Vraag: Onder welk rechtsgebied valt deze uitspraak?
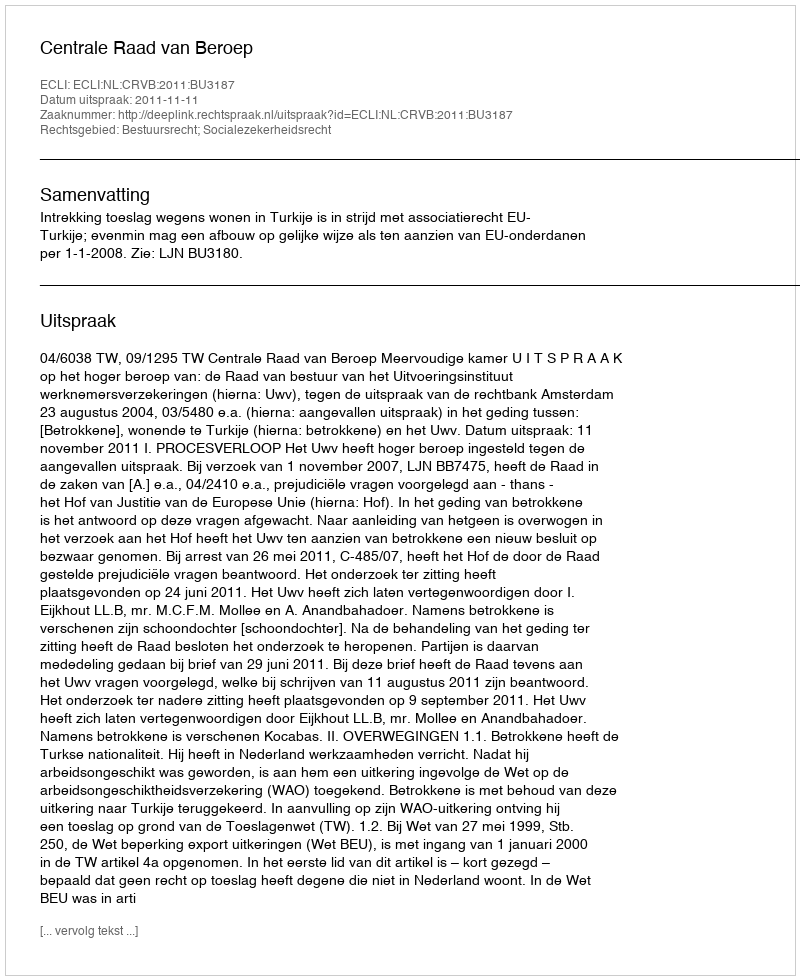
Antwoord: Bestuursrecht; Socialezekerheidsrecht